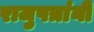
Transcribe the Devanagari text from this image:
राजुपत्रांनी